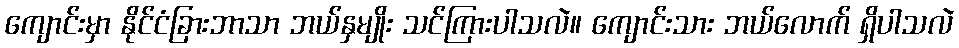
ကျောင်းမှာ နိုင်ငံခြားဘာသာ ဘယ်နှမျိုး သင်ကြားပါသလဲ။ ကျောင်းသား ဘယ်လောက် ရှိပါသလဲ